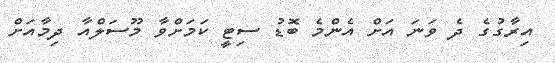
އިރާގުގެ ދެ ވަނަ އަށް އެންމެ ބޮޑު ސިޓީ ކަމަށްވާ މޫސަލްއާ ދިމާއަށް